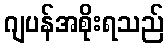
ဂျပန်အစိုးရသည်